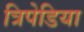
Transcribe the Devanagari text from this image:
त्रिपेडिया